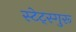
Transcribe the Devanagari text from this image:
स्टेट्स्गुरू